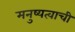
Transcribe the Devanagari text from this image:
मनुष्यत्वाची